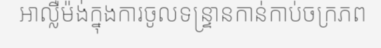
អាល្លឺម៉ង់ក្នុងការចូលទន្ទ្រានកាន់កាប់ចក្រភព